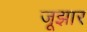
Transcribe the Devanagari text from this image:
जूझार